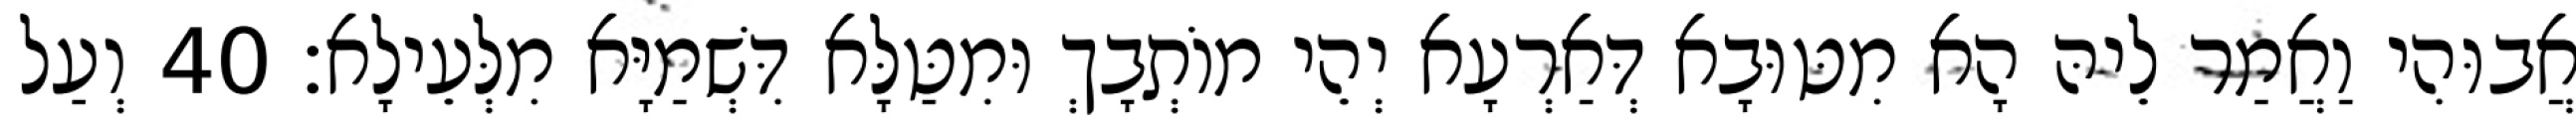
אֲבוּהִי וַאֲמַר לֵיהּ הָא מִטּוּבָא דְּאַרְעָא יְהֵי מוֹתְבָךְ וּמִטַּלָּא דִּשְׁמַיָּא מִלְּעֵילָא׃ 40 וְעַל